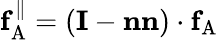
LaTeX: \mathbf{f}_{\mathrm{A}}^{\| }=(\mathbf{I}-\mathbf{nn})\cdot\mathbf{f}_{\mathrm{A}}